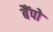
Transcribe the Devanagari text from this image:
बैंपो